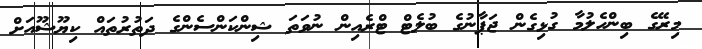
މިރޭގެ ބިންހެލުމާ ގުޅިގެން ޖަޕާނުގެ ބުލެޓް ޓްރެއިން ނުވަތަ ޝިންކަންސެންގެ ދަތުރުތައް ކިޔޫޝޫއަށް